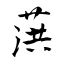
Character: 葓